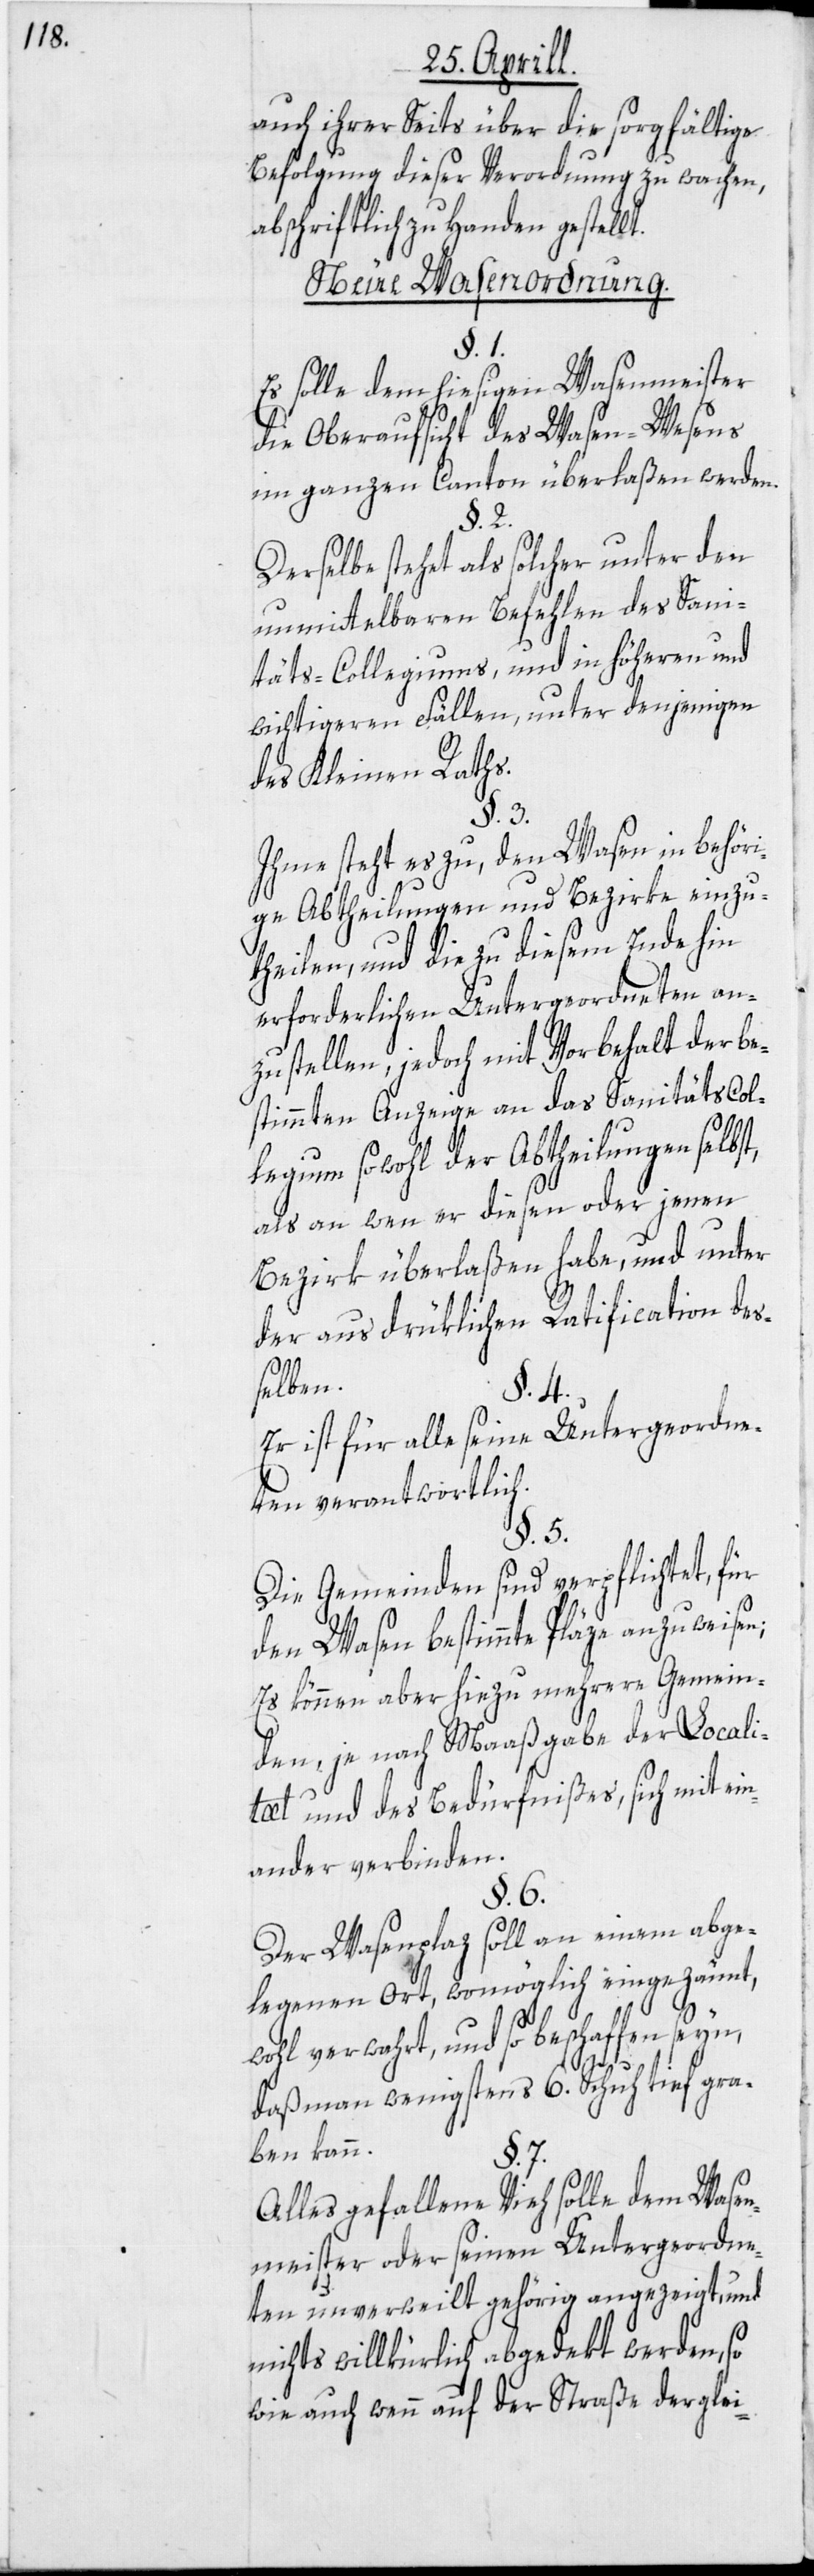
auch ihrer Seits über die sorgfältige
Befolgung dieser Verordnung zu wachen,
abschriftich zu Handen gestellt.
Neue Wasenordnung.
§. 1.
Es solle dem hiesigen Wasenmeister
die Oberaufsicht des Wasen-Wesens
im ganzen Canton überlaßen werden.
§. 2.
Derselbe stehet als solcher unter den
unmittelbaren Befehlen des Sani¬
täts-Collegiums, und in höheren und
wichtigeren Fällen, unter denjenigen
des Kleinen Raths.
t,
Ihme steht es zu, den Wasen in behöri¬
ge Abtheilungen und Bezirke einzu¬
theilen, und die zu diesem Ende hin
erforderlichen Untergeordneten an¬
zustellen, jedoch mit Vorbehalt der be¬
stimmten Anzeige an das Sanitätscol¬
legium sowohl der Abtheilungen selbs¬
als an wen er diesen oder jenen
Bezirk überlaßen habe, und unter
der ausdrüklichen Ratification des¬
selben.
§. 4.
Er ist für alle seine Untergeordne¬
ten verantwortlich.
§. 5.
Die Gemeinden sind verpflichtet, für
den Wasen bestimmte Pläze
Es können aber hiezu mehrere Gemein¬
den, je nach Maaßgabe der Locali¬
tæt und des Bedürfnißes, sich mit ein¬
ander verbinden.
§. 6.
Der Wasenplaz soll an einem abge¬
legenen Ort, womöglich eingezäunt,
wohl verwahrt, und so beschaffen seyn,
daß man wenigstens 6. Schuh tief gra¬
ben kann.
§. 7.
Alles gefallene Vieh solle dem Wasen¬
meister oder seinen Untergeordne¬
ten unverweilt gehörig angezeigt, und
nichts willkürlich abgedekt werden,
wie auch wenn auf der Straße derglei-